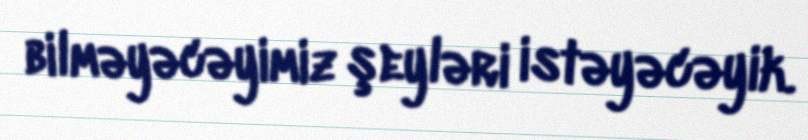
bilməyəcəyimiz şeyləri istəyəcəyik.